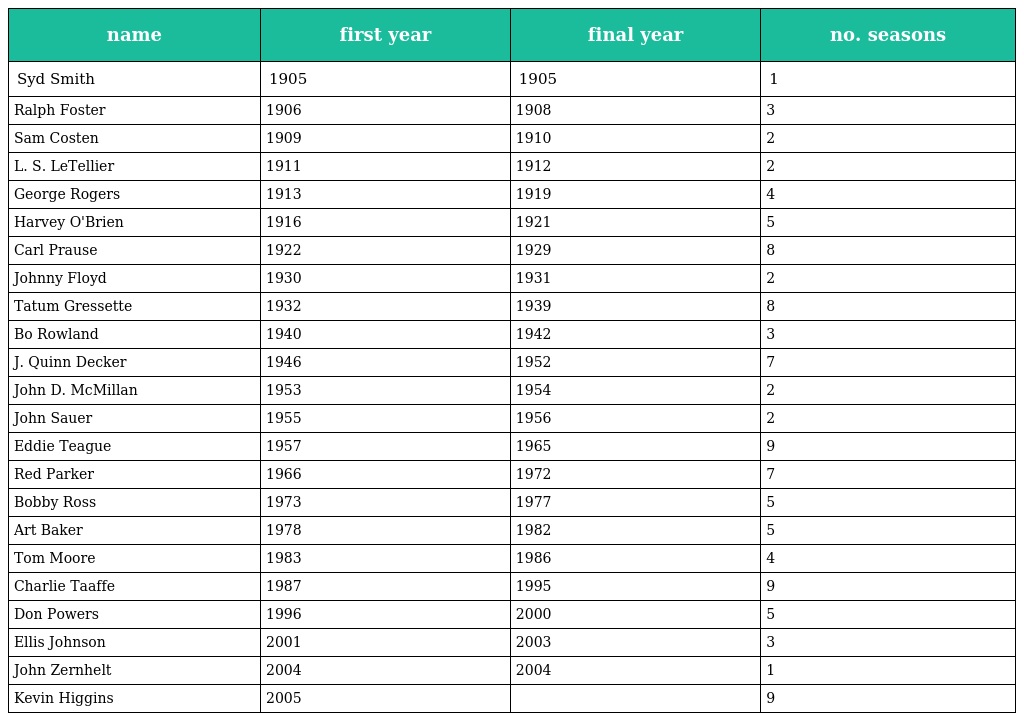
| name | first year | final year | no. seasons |
 | --- | --- | --- | --- |
 | Syd Smith | 1905 | 1905 | 1 |
 | Ralph Foster | 1906 | 1908 | 3 |
 | Sam Costen | 1909 | 1910 | 2 |
 | L. S. LeTellier | 1911 | 1912 | 2 |
 | George Rogers | 1913 | 1919 | 4 |
 | Harvey O'Brien | 1916 | 1921 | 5 |
 | Carl Prause | 1922 | 1929 | 8 |
 | Johnny Floyd | 1930 | 1931 | 2 |
 | Tatum Gressette | 1932 | 1939 | 8 |
 | Bo Rowland | 1940 | 1942 | 3 |
 | J. Quinn Decker | 1946 | 1952 | 7 |
 | John D. McMillan | 1953 | 1954 | 2 |
 | John Sauer | 1955 | 1956 | 2 |
 | Eddie Teague | 1957 | 1965 | 9 |
 | Red Parker | 1966 | 1972 | 7 |
 | Bobby Ross | 1973 | 1977 | 5 |
 | Art Baker | 1978 | 1982 | 5 |
 | Tom Moore | 1983 | 1986 | 4 |
 | Charlie Taaffe | 1987 | 1995 | 9 |
 | Don Powers | 1996 | 2000 | 5 |
 | Ellis Johnson | 2001 | 2003 | 3 |
 | John Zernhelt | 2004 | 2004 | 1 |
 | Kevin Higgins | 2005 |  | 9 |